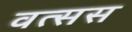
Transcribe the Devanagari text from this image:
वत्सस